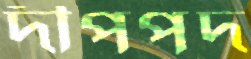
দীপপদ